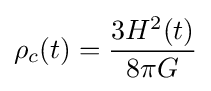
\rho _{c}(t)={\frac {3H^{2}(t)}{8\pi G}}